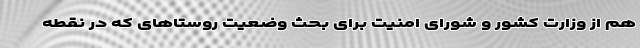
هم از وزارت کشور و شورای امنیت برای بحث وضعیت روستاهای که در نقطه